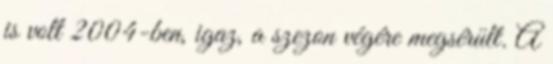
is volt 2004-ben, igaz, a szezon végére megsérült. A